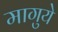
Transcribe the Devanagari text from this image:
मागुये